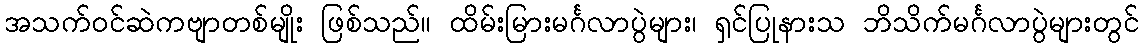
အသက်ဝင်ဆဲကဗျာတစ်မျိုး ဖြစ်သည်။ ထိမ်းမြားမင်္ဂလာပွဲများ၊ ရှင်ပြုနားသ ဘိသိက်မင်္ဂလာပွဲများတွင်